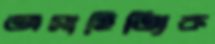
অসাহিত্যিক